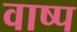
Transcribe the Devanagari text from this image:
वाष्‍प